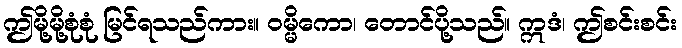
ဤမို့မို့စုံစုံ မြင်ရသည်ကား။ ဝမ္မိကော၊ တောင်ပို့သည်။ ဣဒံ၊ ဤစင်းစင်း